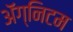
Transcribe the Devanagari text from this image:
ॲग्निटम